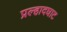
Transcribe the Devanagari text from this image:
प्रल्हादघाट